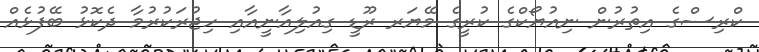
ކްރިސްގެ އިތުރުން ނިއުޔޯކްގެ ކުރީގެ މޭޔަރ ރޫޑީ ގިއުލިއާނީއާއި ހިޖުރަކުރުމާ ދެކޮޅު ބޭފުޅެއް